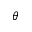
\theta